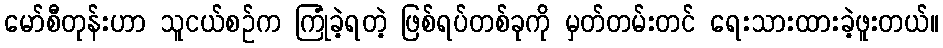
မော်စီတုန်းဟာ သူငယ်စဉ်က ကြုံခဲ့ရတဲ့ ဖြစ်ရပ်တစ်ခုကို မှတ်တမ်းတင် ရေးသားထားခဲ့ဖူးတယ်။